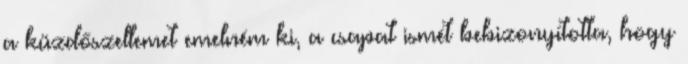
a küzdőszellemet emelném ki, a csapat ismét bebizonyította, hogy